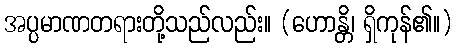
အပ္ပမာဏတရားတို့သည်လည်း။ (ဟောန္တိ၊ ရှိကုန်၏။)